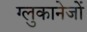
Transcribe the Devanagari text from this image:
ग्लुकानेजों